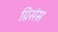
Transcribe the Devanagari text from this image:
ग्रिसंस